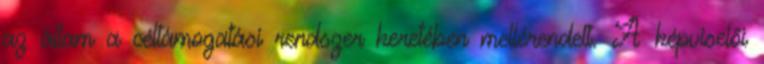
az állam a céltámogatási rendszer keretében mellérendelt. A képviselői